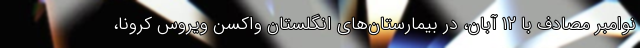
نوامبر مصادف با ۱۲ آبان، در بیمارستان‌های انگلستان واکسن ویروس کرونا،